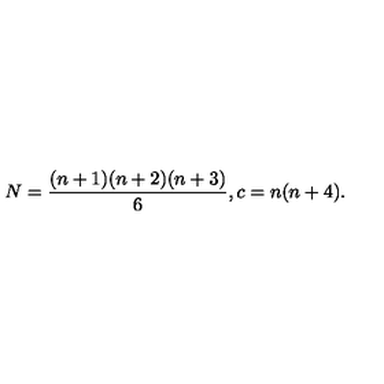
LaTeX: N = \frac { ( n + 1 ) ( n + 2 ) ( n + 3 ) } { 6 } , c = n ( n + 4 ) .